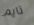
تايم